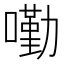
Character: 𡀣